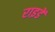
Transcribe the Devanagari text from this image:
राइडें